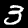
Digit: 3